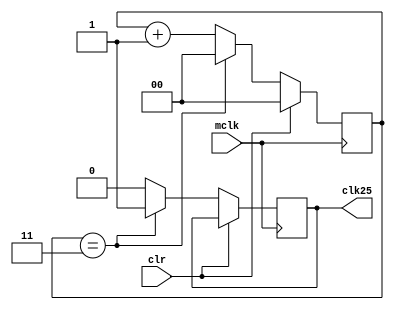
`timescale 1ns / 1ps
//////////////////////////////////////////////////////////////////////////////////
// Company: 
// Engineer: 
// 
// Design Name: 
// Module Name:    clkdiv 
// Project Name: 
// Target Devices: 
// Tool versions: 
// Description: 
//
// Dependencies: 
//
// Revision: 
// Revision 0.01 - File Created
// Additional Comments: 
//
//////////////////////////////////////////////////////////////////////////////////
module clkdiv(
	input mclk,
	input clr,
	output reg clk25
    );
	 
	 reg [1:0] count=0;
	always @ (posedge mclk)
	begin
		if(clr)
		begin
			count<=0;
			//clk25<=0;
		end
		else if(count==2'b11)
		begin
			count<=0;
			clk25<=1;
		end
		else
		begin
			count<= count+1;
			clk25<=0;
		end
	
	end


endmodule